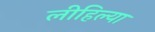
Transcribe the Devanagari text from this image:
लीहिल्या